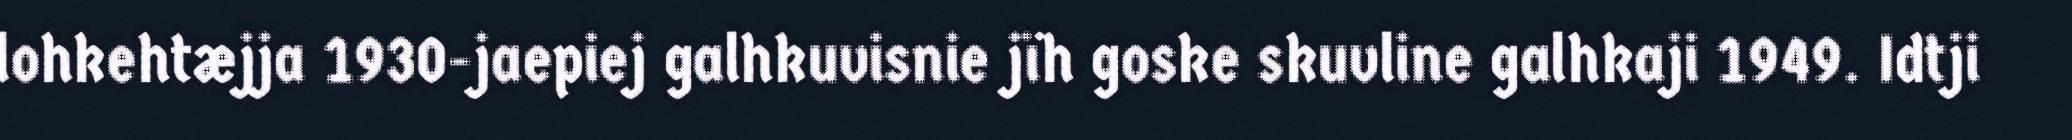
lohkehtæjja 1930-jaepiej galhkuvisnie jïh goske skuvline galhkaji 1949. Idtji